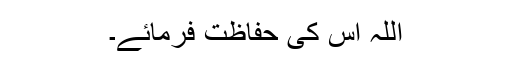
اللہ اس کی حفاظت فرمائے۔